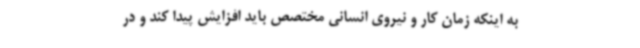
به اینکه زمان کار و نیروی انسانی مختصص باید افزایش پیدا کند و در